Annual administration report of the Civil Veterinary Department of India - 1896-1897
Year: 1896
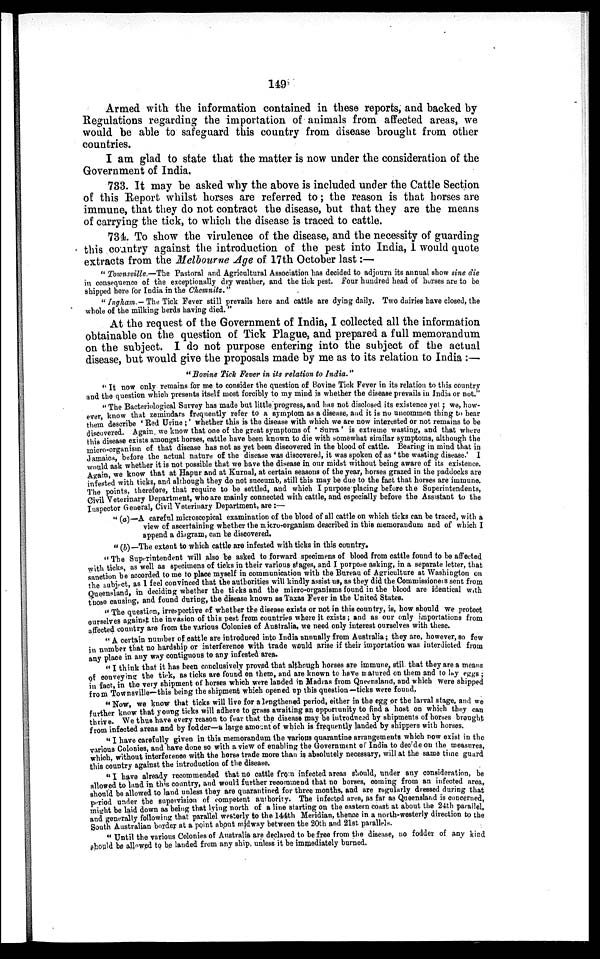
149
Armed with the information contained in these reports, and backed by
Regulations regarding the importation of animals from affected areas, we
would be able to safeguard this country from disease brought from other
countries.
I am glad to state that the matter is now under the consideration of the
Government of India.
733. It may be asked why the above is included under the Cattle Section
of this Report whilst horses are referred to; the reason is that horses are
immune, that they do not contract the disease, but that they are the means
of carrying the tick, to which the disease is traced to cattle.
734. To show the virulence of the disease, and the necessity of guarding
this country against the introduction of the pest into India, I would quote
extracts from the Melbourne Age of 17th October last:—
" Townsville.—The Pastoral and Agricultural Association has decided to adjourn its annual show sine die
in consequence of the exceptionally dry weather, and the tick pest. Four hundred head of horses are to be
shipped here for India in the Chemnitz."
"Ingham.— The Tick Fever still prevails here and cattle are dying daily. Two dairies have closed, the
whole of the milking herds having died."
At the request of the Government of India, I collected all the information
obtainable on the question of Tick Plague, and prepared a full memorandum
on the subject. I do not purpose entering into the subject of the actual
disease, but would give the proposals made by me as to its relation to India:—
"Bovine Tick Fever in its relation to India."
"It now only remains for me to consider the question of Bovine Tick Fever in its relation to this country
and the question which presents itself most forcibly to my mind is whether the disease prevails in India or not."
"The Bacteriological Survey has made but little progress, and has not disclosed its existence yet ; we, how-
ever, know that zemindars frequently refer to a symptom as a disease, and it is no uncommon thing to hear
them describe 'Red Urine;' whether this is the disease with which we are now interested or not remains to be
discovered. Again we know that one of the great symptoms of ' Surra ' is extreme wasting, and that where
this disease exists amongst horses, cattle have been known to die with somewhat similar symptoms, although the
micro-organism of that disease has not as yet been discovered in the blood of cattle. Bearing in mind that in
Jamaica, before the actual nature of the disease was discovered, it was spoken of as 'the wasting disease.' I
would ask whether it is not possible that we have the disease in our midst without being aware of its existence.
Again, we know that at Hapur and at Kurnal, at certain seasons of the year, horses grazed in the paddocks are
infested with ticks, and although they do not succumb, still this may be due to the fact that horses are immune.
The points, therefore, that require to be settled, and which I purpose placing before the Superintendents,
Civil Veterinary Department, who are mainly connected with cattle, and especially before the Assistant to the
Inspector General, Civil Veterinary Department, are:—
"(a)—A careful microscopical examination of the blood of all cattle on which ticks can be traced, with a
view of ascertaining whether the micro-organism described in this memorandum and of which I
append a diagram, can be discovered.
"(b)—The extent to which cattle are infested with ticks in this country.
" The Superintendent will also be asked to forward specimens of blood from cattle found to be affected
with ticks, as well as specimens of ticks in their various stages, and I purpose asking, in a separate letter, that
sanction be accorded to me to place myself in communication with the Bureau of Agriculture at Washington on
the subject, as I feel convinced that the authorities will kindly assist us, as they did the Commissioners sent from
Queensland, in deciding whether the ticks and the micro-organisms found in the blood are identical with
those causing, and found during, the disease known as Taxas Fever in the United States.
"The question, irrespective of whether the disease exists or not in this country, is, how should we protect
ourselves against the invasion of this pest from countries where it exists; and as our only importations from
affected country are from the various Colonies of Australia, we need only interest ourselves with these.
"A certain number of cattle are introduced into India annually from Australia; they are, however, so few
in number that no hardship or interference with trade would arise if their importation was interdicted from
any place in any way contiguous to any infested area.
"I think that it has been conclusively proved that although horses are immune, stil. that they are a means
of conveying the tick, as ticks are found on them, and are known to have matured on them and to lay eggs;
in fact, in the very shipment of horses which were landed in Madras from Queensland, and which were shipped
from Townsville—this being the shipment which opened up this question—ticks were found.
" Now, we know that ticks will live for a lengthened period, either in the egg or the larval stage, and we
further know that young ticks will adhere to grass awaiting an opportunity to find a host on which they can
thrive. We thus have every reason to fear that the disease may be introduced by shipments of horses brought
from infected areas and by fodder—a large amount of which is frequently landed by shippers with horses.
"I have carefully given in this memorandum the various quarantine arrangements which now exist in the
various Colonies, and have done so with a view of enabling the Government of India to decide on the measures,
which, without interference with the horse trade more than is absolutely necessary, will at the same time guard
this country against the introduction of the disease.
" I have already recommended that no cattle from infected areas should, under any consideration, be
allowed to land in this country, and would further recommend that no horses, coming from an infected area,
should be allowed to land unless they are quarantined for three months, and are regularly dressed during that
period under the supervision of competent authority. The infected area, as far as Queensland is concerned,
might be laid down as being that lying north of a line starting on the eastern coast at about the 24th parallel,
and generally following that parallel westerly to the 144th Meridian, thence in a north-westerly direction to the
South Australian border at a point about midway between the 20th and 21st parallels.
"Until the various Colonies of Australia are declared to be free from the disease, no fodder of any kind
should be allowed to be landed from any ship, unless it be immediately burned.